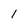
Character: I